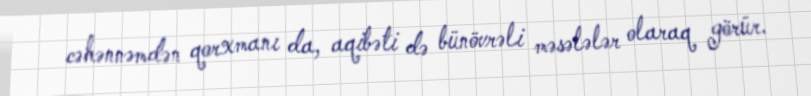
cəhənnəmdən qorxmanı da, aqibəti də bünövrəli məsələlər olaraq görür.